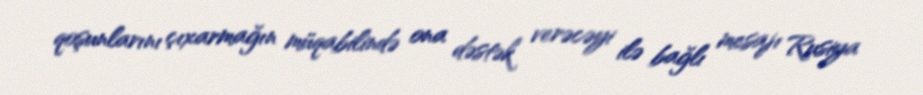
qoşunlarını çıxarmağın müqabilində ona dəstək verəcəyi ilə bağlı mesajı Rusiya